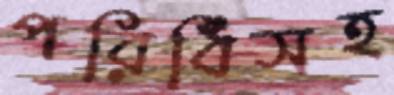
পরিধিসহ